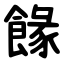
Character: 餯